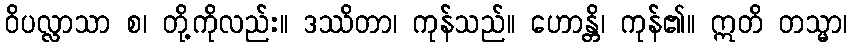
ဝိပလ္လာသာ စ၊ တို့ကိုလည်း။ ဒဿိတာ၊ ကုန်သည်။ ဟောန္တိ၊ ကုန်၏။ ဣတိ တသ္မာ၊